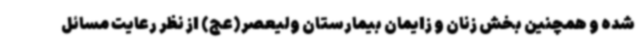
شده و همچنین بخش زنان و زایمان بیمارستان ولیعصر(عج) از نظر رعایت مسائل